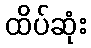
ထိပ်ဆုံး